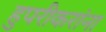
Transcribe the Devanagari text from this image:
हुपरीकरांना